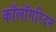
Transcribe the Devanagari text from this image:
कॉलॉगरिदम